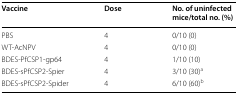
| Vaccine | Dose | No. of uninfected mice/total no. (%) |
 | --- | --- | --- |
 | PBS | 4 | 0/10 (0) |
 | WT-AcNPV | 4 | 0/10 (0) |
 | BDES-PfCSP1-gp64 | 4 | 1/10 (10) |
 | BDES-sPfCSP2-Spier | 4 | 3/10 (30)a |
 | BDES-sPfCSP2-Spider | 4 | 6/10 (60)b |